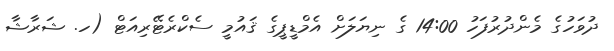
ދުވަހުގެ މެންދުރުފަހު 14:00 ގެ ނިޔަލަށް އެމްޑީޕީގެ ޤައުމީ ސެކްރެޓޭރިއަޓް (ހ. ޝަރާޝާ